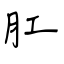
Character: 肛